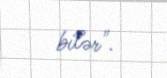
bilər".